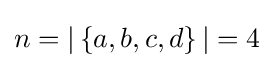
n=|\left\{{a,b,c,d}\right\}|=4